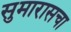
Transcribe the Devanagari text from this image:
सुमारासचा